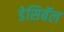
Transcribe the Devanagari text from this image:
डेसिबॅल